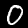
Digit: 0